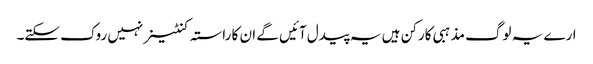
ارے یہ لوگ مذہبی کارکن ہیں یہ پیدل آئیں گے ان کا راستہ کنٹینر نہیں روک سکتے۔